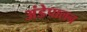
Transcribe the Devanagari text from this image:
अंडेपालन